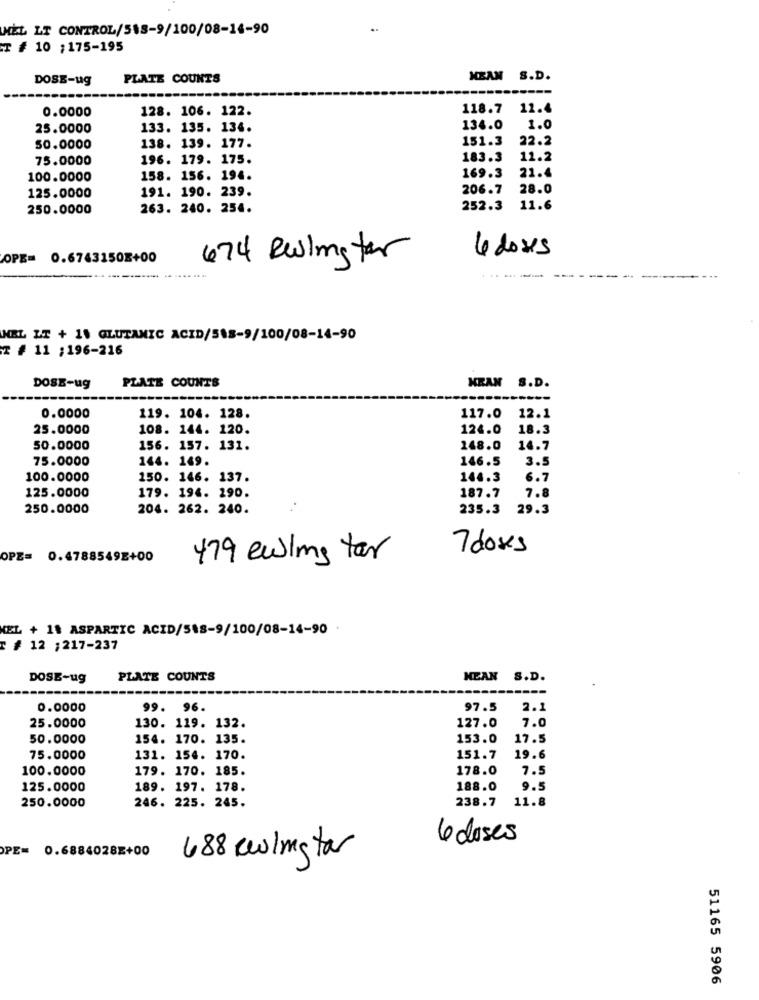
HEL LT CONTROL/518-9/100/08-14-90
T # 10 ;175-195
DOSE-ug
PLATE COUNTS
MEAN S.D.
0.0000
128. 106. 122.
118.7 11.4
25.0000
133. 135. 134.
134.0
1.0
151.3
22.2
50.0000
138. 139. 177.
75.0000
196. 179. 175.
183.3
12.2
169.3
21.4
100.0000
158. 156. 194.
191. 190. 239.
206.7
28.0
125.0000
250.0000
263. 240. 254.
252.3 11.6
OPE= 0.6743150E+00
474 Resistor
4 doses
MEL LT + 11 GLUTANIC ACID/588-9/100/08-14-90
T # 11 ;196-216
DOSE-ug
PLATE COUNTS
HRAN S.D.
0.0000
119. 104. 128.
117.0 12.1
25.0000
108. 144. 120.
124.0
18.3
50.0000
156. 157. 131.
148.0
14.7
75.0000
144. 149.
146.5
3.5
100.0000
150. 146. 137.
144.3
6.7
125.0000
179. 194. 290.
7.8
187.7
250.0000
204. 262. 240.
235.3
29.3
7 doses
OPE= 0.4788549E+00
479 ewins for
EL + 11 ASPARTIC ACID/548-9/100/08-14-90
T # 12 ;217-237
DOSB-ug
PLATE COUNTS
MEAN S.D.
0.0000
99. 96.
97.5
2.1
25.0000
130. 119. 132.
127.0
7.0
50.0000
154. 170. 135.
153.0
17.5
75.0000
131. 154. 170.
151.7
19.6
100.0000
179. 170. 185.
178.0
7.5
125.0000
189. 197. 178.
188.0
9.5
250.0000
246. 225. 245.
238.7
11.8
6 doses
PE= 0.6884028E+00
688 eelmstar
51165 5906